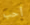
أحب